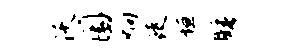
沃圜炯徒垣睡